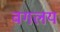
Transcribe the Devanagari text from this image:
वगलय